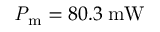
\mathrm { \mathit { P } _ { m } } = 8 0 . 3 \: \mathrm { m W }